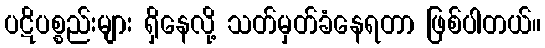
ပဋိပစ္စည်းများ ရှိနေလို့ သတ်မှတ်ခံနေရတာ ဖြစ်ပါတယ်။